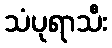
သံပုရာသီး